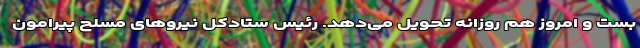
بست و امروز هم روزانه تحویل می‌دهد. رئیس ستادکل نیروهای مسلح پیرامون